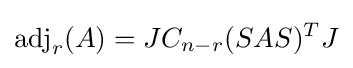
\operatorname {adj} _{r}(A)=JC_{n-r}(SAS)^{T}J